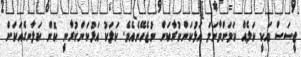
ޖީސަސް އަކީ ކަލެއް ކަމަށްވާނަމަ އަޅުކަންކުރާކަށް ނުޖެހޭނެއެވެ. ކަލަކު އަޅުކަންކުރާނީ ކޮން ކަލާނގެއަކަށް